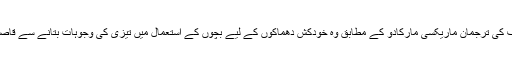
یونیسف کی ترجمان ماریکسی مارکادو کے مطابق وہ خودکش دھماکوں کے لیے بچوں کے استعمال میں تیزی کی وجوہات بتانے سے قاصر ہیں۔